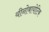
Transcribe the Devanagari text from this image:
यीनोबायोटिक